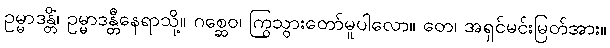
ဥမ္မာဒန္တိံ၊ ဥမ္မာဒန္တီနေရာသို့။ ဂစ္ဆေဝ၊ ကြွသွားတော်မူပါလော။ တေ၊ အရှင်မင်းမြတ်အား။